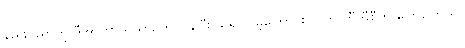
နည်းပညာကို ဒီအာကာသယာဉ်က ပြန်ပြီး သရုပ်ပြခဲ့ကြောင်း သူက ဘီဘီစီကို ပြောပါတယ်။